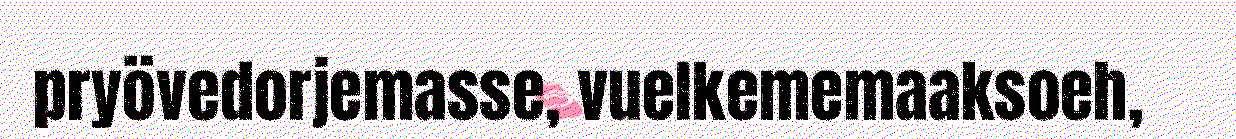
pryövedorjemasse, vuelkememaaksoeh,